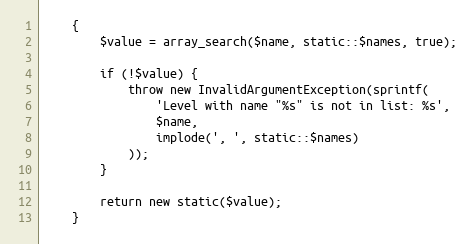
Language: PHP
    {
        $value = array_search($name, static::$names, true);

        if (!$value) {
            throw new InvalidArgumentException(sprintf(
                'Level with name "%s" is not in list: %s',
                $name,
                implode(', ', static::$names)
            ));
        }

        return new static($value);
    }